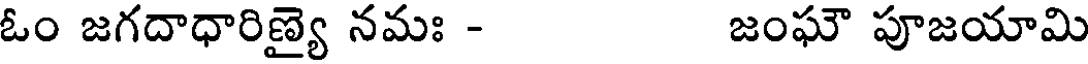
ఓం జగదాధారిణ్య నమః - జంఘౌ పూజయామి